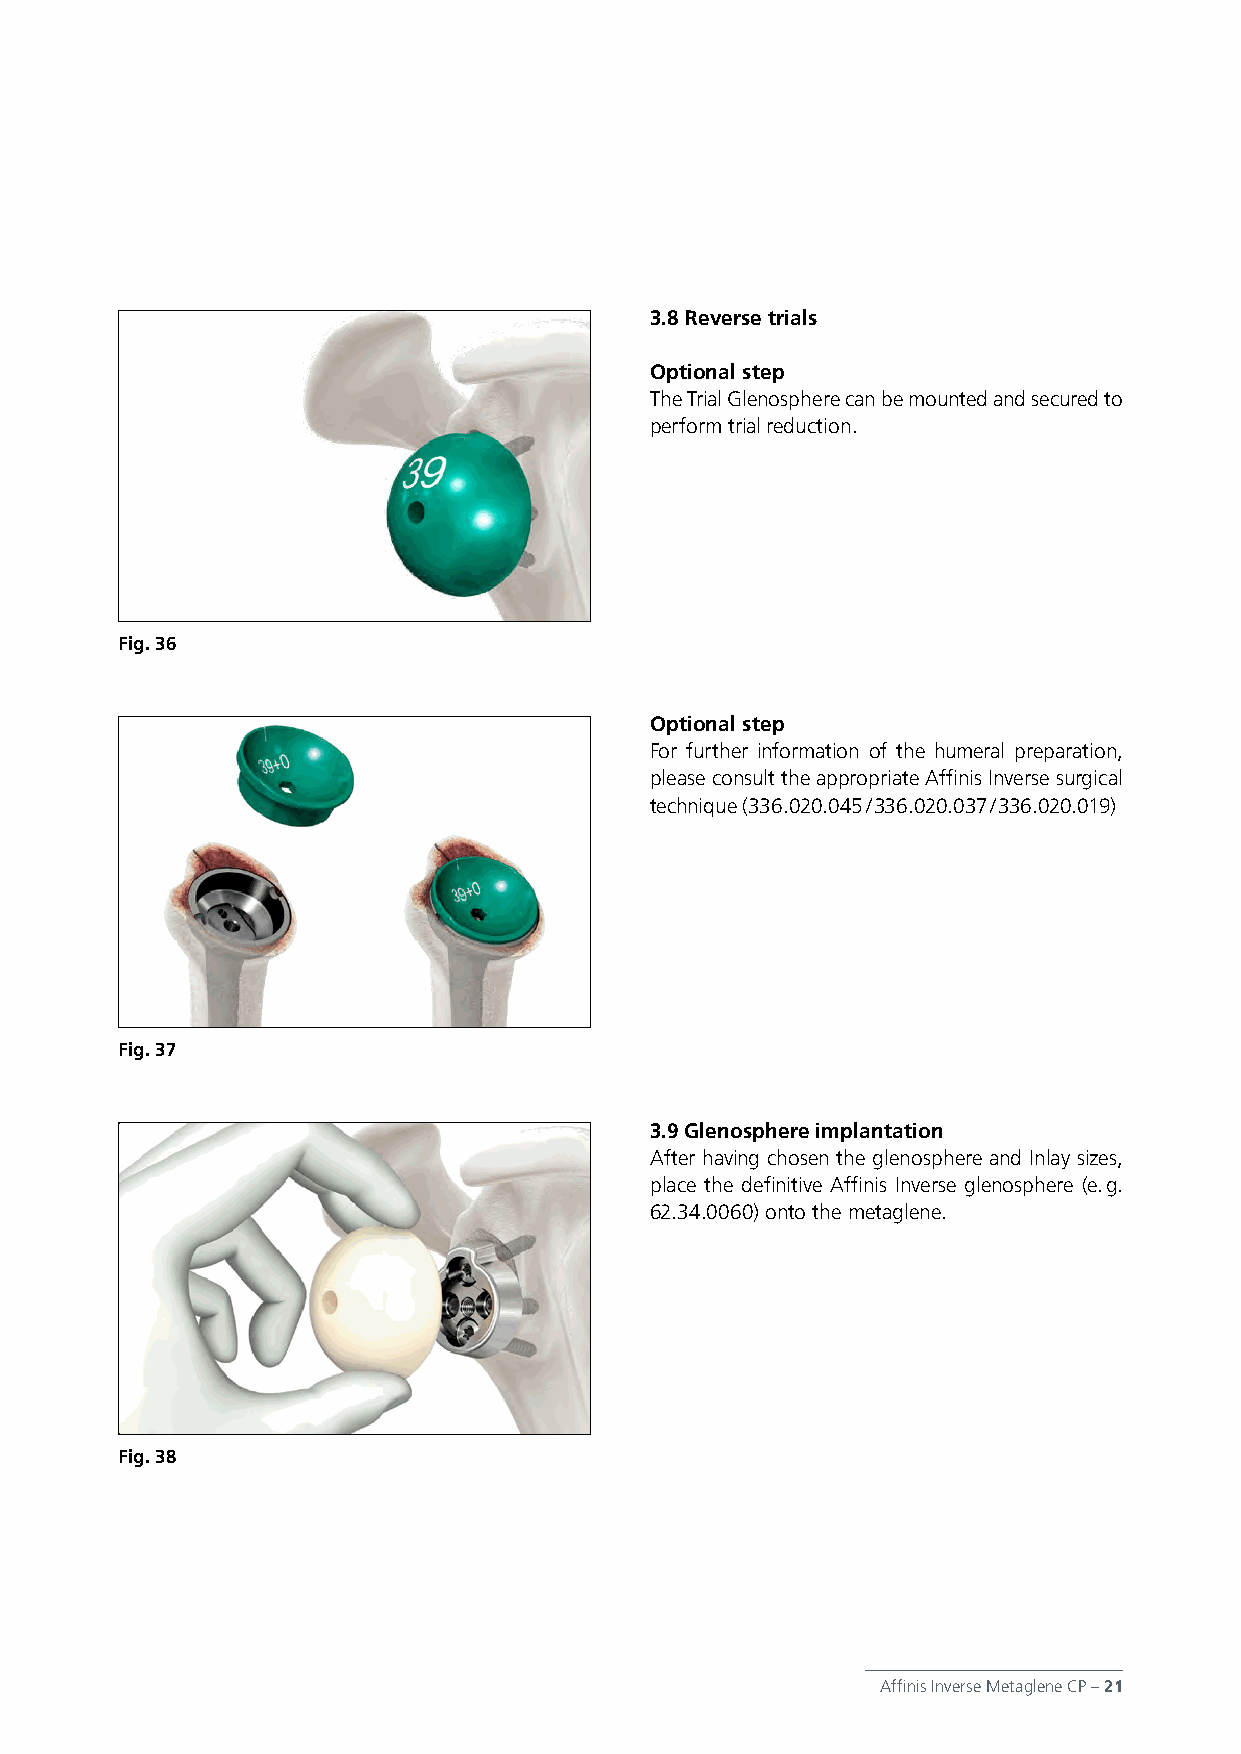
3.8 Reverse trials
 Optional step
 The Trial Glenosphere can be mounted and secured to
 perform trial reduction.
 Fig. 36
 Optional step
 For further information of the humeral preparation,
 please consult the appropriate Affinis Inverse surgical
 technique (336.020.045 / 336.020.037 / 336.020.019)
 Fig. 37
 3.9 Glenosphere implantation
 After having chosen the glenosphere and Inlay sizes,
 place the definitive Affinis Inverse glenosphere (e. g.
 62.34.0060) onto the metaglene.
 Fig. 38
 Affinis Inverse Metaglene CP – 21